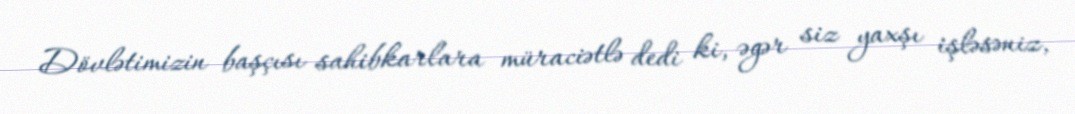
Dövlətimizin başçısı sahibkarlara müraciətlə dedi ki, əgər siz yaxşı işləsəniz,